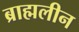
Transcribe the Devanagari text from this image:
ब्राह्मलीन